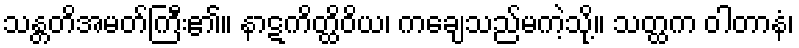
သန္တတိအမတ်ကြီး၏။ နာဋကိတ္ထိဝိယ၊ ကချေသည်မကဲ့သို့။ သတ္ထက ဝါတာနံ၊